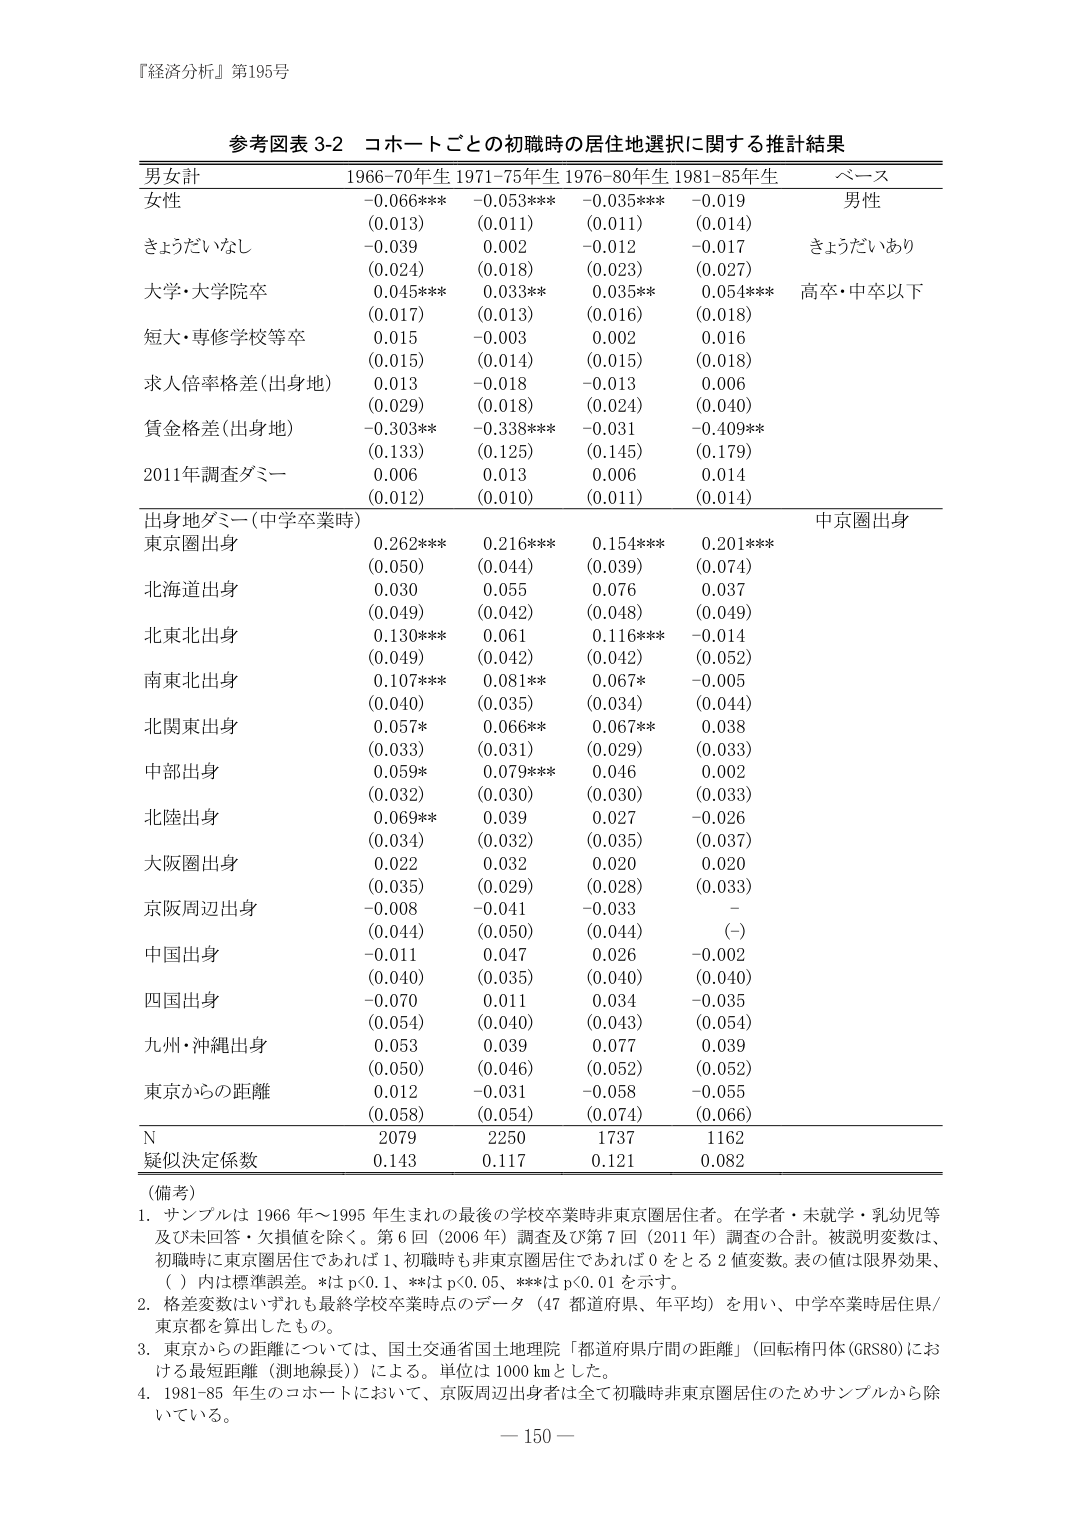
『経済分析』第195号

参考図表 3-2 コホートごとの初職時の居住地選択に関する推計結果

男女計 1966-70年生 1971-75年生 1976-80年生 1981-85年生 ベース
女性 -0.066*** -0.053*** -0.035*** -0.019 男性
(0.013) (0.011) (0.011) (0.014)
きょうだいなし -0.039 0.002 -0.012 -0.017 きょうだいあり
(0.024) (0.018) (0.023) (0.027)
大学・大学院卒 0.045*** 0.033** 0.035** 0.054*** 高卒・中卒以下
(0.017) (0.013) (0.016) (0.018)
短大・専修学校等卒 0.015 -0.003 0.002 0.016
(0.015) (0.014) (0.015) (0.018)
求人倍率格差(出身地) 0.013 -0.018 -0.013 0.006
(0.029) (0.018) (0.024) (0.040)
賃金格差(出身地) -0.303** -0.338*** -0.031 -0.409**
(0.133) (0.125) (0.145) (0.179)
2011年調査ダミー 0.006 0.013 0.006 0.014
(0.012) (0.010) (0.011) (0.014)

出身地ダミー(中学卒業時) 中京圏出身
東京圏出身 0.262*** 0.216*** 0.154*** 0.201***
(0.050) (0.044) (0.039) (0.074)
北海道出身 0.030 0.055 0.076 0.037
(0.049) (0.042) (0.048) (0.049)
北東北出身 0.130*** 0.061 0.116*** -0.014
(0.049) (0.042) (0.042) (0.052)
南東北出身 0.107*** 0.081** 0.067* -0.005
(0.040) (0.035) (0.034) (0.044)
北関東出身 0.057* 0.066** 0.067** 0.038
(0.033) (0.031) (0.029) (0.033)
中部出身 0.059* 0.079*** 0.046 0.002
(0.032) (0.030) (0.030) (0.033)
北陸出身 0.069** 0.039 0.027 -0.026
(0.034) (0.032) (0.035) (0.037)
大阪圏出身 0.022 0.032 0.020 0.020
(0.035) (0.029) (0.028) (0.033)
京阪周辺出身 -0.008 -0.041 -0.033 -
(0.044) (0.050) (0.044) (-)
中国出身 -0.011 0.047 0.026 -0.002
(0.040) (0.035) (0.040) (0.040)
四国出身 -0.070 0.011 0.034 -0.035
(0.054) (0.040) (0.043) (0.054)
九州・沖縄出身 0.053 0.039 0.077 0.039
(0.050) (0.046) (0.052) (0.052)
東京からの距離 0.012 -0.031 -0.058 -0.055
(0.058) (0.054) (0.074) (0.066)

N 2079 2250 1737 1162
疑似決定係数 0.143 0.117 0.121 0.082

（備考）
1. サンプルは 1966 年～1995 年生まれの最後の学校卒業時非東京圏居住者。在学者・未就学・乳幼児等及び未回答・欠損値を除く。第 6 回（2006 年）調査及び第 7 回（2011 年）調査の合計。被説明変数は、初職時に東京圏居住であれば 1、初職時も非東京圏居住であれば 0 とする 2 値変数。表の値は限界効果、（ ）内は標準誤差。*は p<0.1、**は p<0.05、***は p<0.01 を示す。
2. 格差変数はいずれも最終学校卒業時点のデータ（47 都道府県、年平均）を用い、中学卒業時居住県/東京都を算出したもの。
3. 東京からの距離については、国土交通省国土地理院「都道府県庁間の距離」（回転楕円体 GRS80）における最短距離（測地線長）による。単位は 1000 km とした。
4. 1981-85 年生のコホートにおいて、京阪周辺出身者は全て初職時非東京圏居住のためサンプルから除いている。

－ 150 －